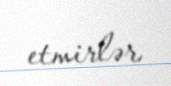
etmirlər.